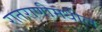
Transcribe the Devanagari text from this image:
रातराणीमधील